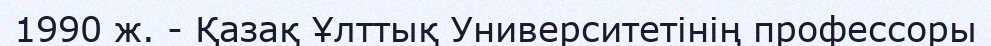
1990 ж. - Қазақ Ұлттық Университетінің профессоры